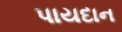
પાયદાન